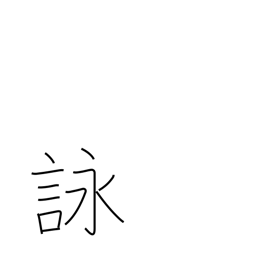
Meaning: composing